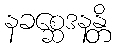
နခစ္ဆေဒနန္တိ